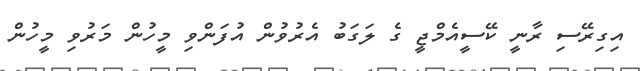
އިގިރޭސި ރާނީ ކޭސީއެމްޖީ ގެ ލަގަބު އެރުވުން އުފަންވި މީހުން މަރުވި މީހުން